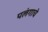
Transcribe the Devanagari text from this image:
पलंगाचे